Report of an investigation into the causes of malaria in Bombay and the measures necessary for its control
Disease focus: Malaria
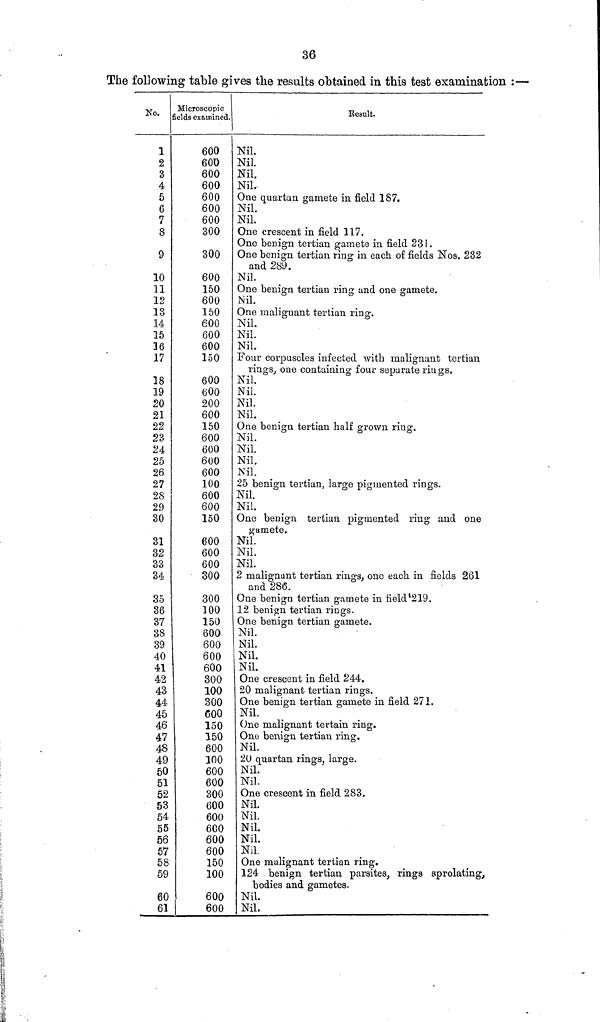
36
The following table gives the results obtained in this test examination :—
No.
1
2
3
4
5
6
7
8
9
10
11
12
13
14
15
16
17
18
19
20
21
22
23
24
25
26
27
28
29
30
31
32
33
34
35
36
37
38
39
40
41
42
43
44
45
46
47
48
49
50
51
52
53
54
55
56
57
58
59
60
61
Microscopic
fields examined:
600
600
600
600
600
600
600
300
300
600
150
600
150
600
600
600
150
600
600
200
600
150
600
600
600
600
100
600
600
150
600
600
600
300
300
100
150
600
600
600
600
300
100
300
600
150
150
600
100
600
600
300
600
600
600
600
600
150
100
600
600
Result.
Nil.
Nil.
Nil.
Nil.
One quartan gamete in field 187.
Nil.
Nil.
One crescent in field 117.
One benign tertian gamete in field 231.
One benign tertian ring in each of fields Nos. 232
and 289.
Nil.
One benign tertian ring and one gamete.
Nil.
One maliguant tertian ring.
Nil.
Nil.
Nil.
Four corpuscles infected with malignant tertian
rings, one containing four separate riugs.
Nil.
Nil.
Nil.
Nil.
One benign tertian half grown ring.
Nil.
Nil.
Nil.
Mil.
25 benign tertian, large piginented rings.
Nil.
Nil.
One benign tertian piginented ring and one
gamete.
Nil.
Nil.
Nil.
2 malignant tertian rings, one each in fields 261
and 286.
One benign tertian gamete in field '219.
12 benign tertian rings.
One benign tertian gamete.
Nil.
Nil.
Nil.
Nil.
One crescent in field 244.
20 malignant tertian rings.
One benign tertian gamete in field 271.
Nil.
One malignant tertain ring.
One benign tertian ring.
Nil.
20 quartan rings, large.
Nil.
Nil.
One crescent in field 283.
Nil.
Nil.
Nil.
Nil.
Nil.
One malignant tertian ring.
124 benign tertian parsites, rings sprolating,
bodies and gametes.
Nil.
Nil.